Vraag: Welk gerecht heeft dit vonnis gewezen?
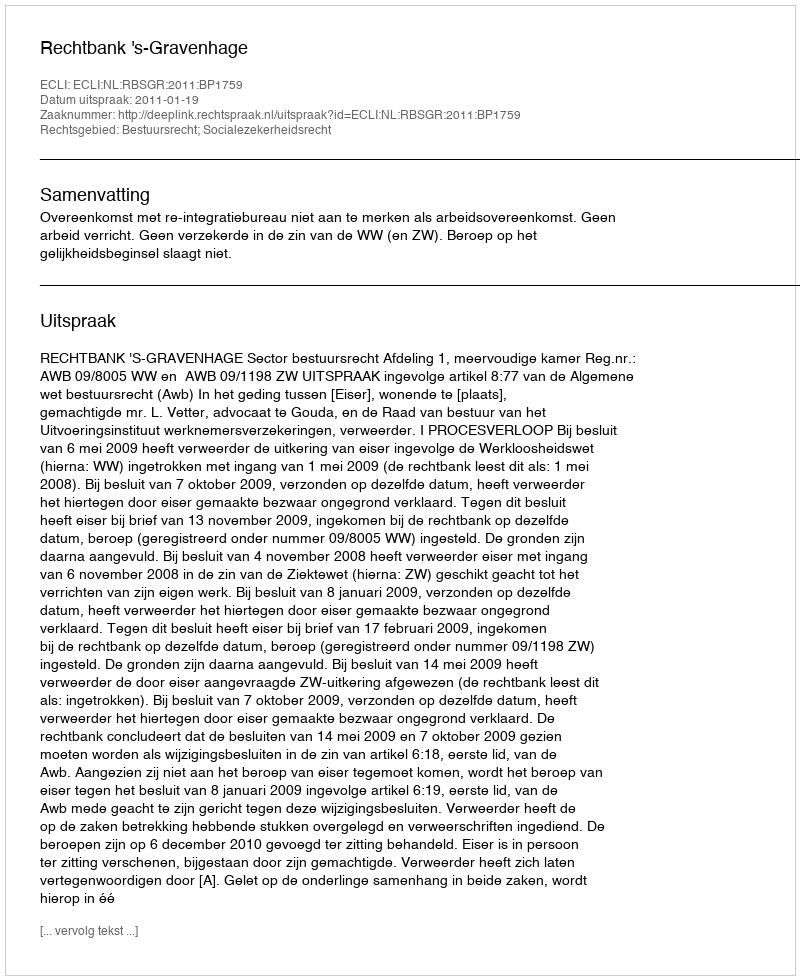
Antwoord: Rechtbank 's-Gravenhage